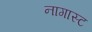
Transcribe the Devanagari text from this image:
नागास्ट